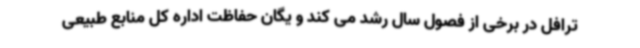
ترافل در برخی از فصول سال رشد می کند و یگان حفاظت اداره کل منابع طبیعی